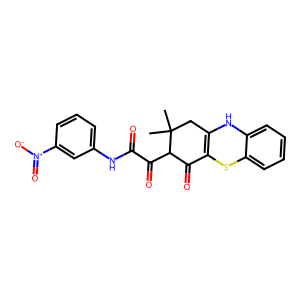
SMILES: CC1(C)CC2=C(Sc3ccccc3N2)C(=O)C1C(=O)C(=O)Nc1cccc([N+](=O)[O-])c1
Inhibits HIV replication: No